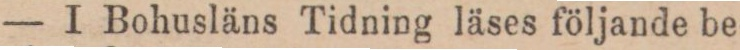
— I Bohusläns Tidning läses följande be-